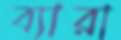
ব্যারা